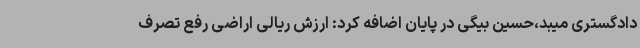
دادگستری میبد،حسین بیگی در پایان اضافه کرد: ارزش ریالی اراضی رفع تصرف